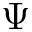
\Psi